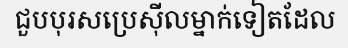
ជួបបុរសប្រេស៊ីលម្នាក់ទៀតដែល